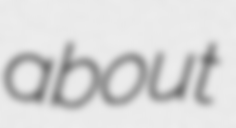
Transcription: about